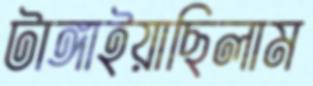
টাঙ্গাইয়াছিলাম